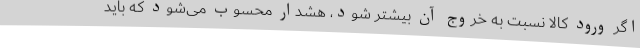
اگر ورود کالا نسبت به خروج آن بیشتر شود، هشدار محسوب می‌شود که باید